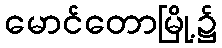
မောင်တောမြို့၌